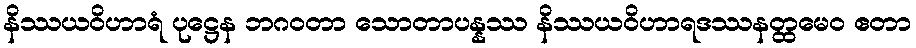
နိဿယဝိဟာရံ ပုဋ္ဌေန ဘဂဝတာ သောတာပန္နဿ နိဿယဝိဟာရဒဿနတ္ထမေဝ ဧတာ